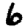
Digit: 6